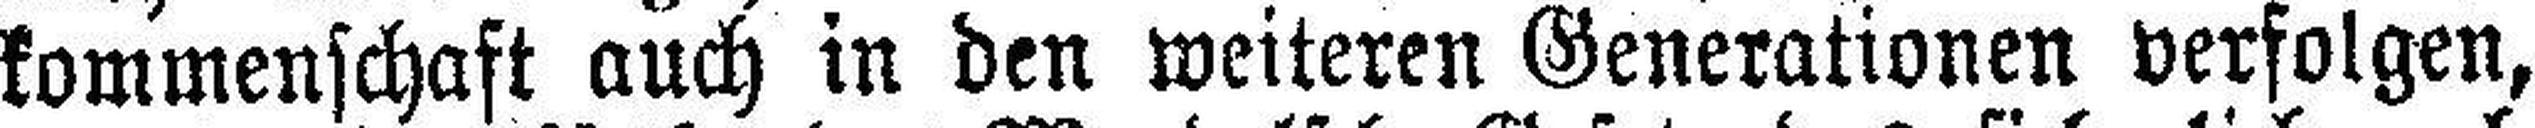
kommenschaft auch in den weiteren Generationen verfolgen,